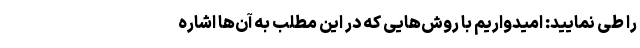
را طی نمایید: امیدواریم با روش‌هایی که در این مطلب به‌ آن‌ها اشاره